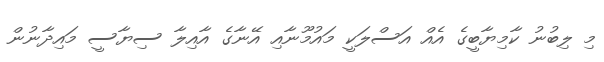
މި ލިބުނު ކާމިޔާބީގެ އެއް އަސްލަކީ މައުމޫނާއި އޭނާގެ އާއިލާ ސިޔާސީ މައިދާނުން